Civil Veterinary Department. Madras. Admin. report 1910-25 - 1910-1925
Year: 1910
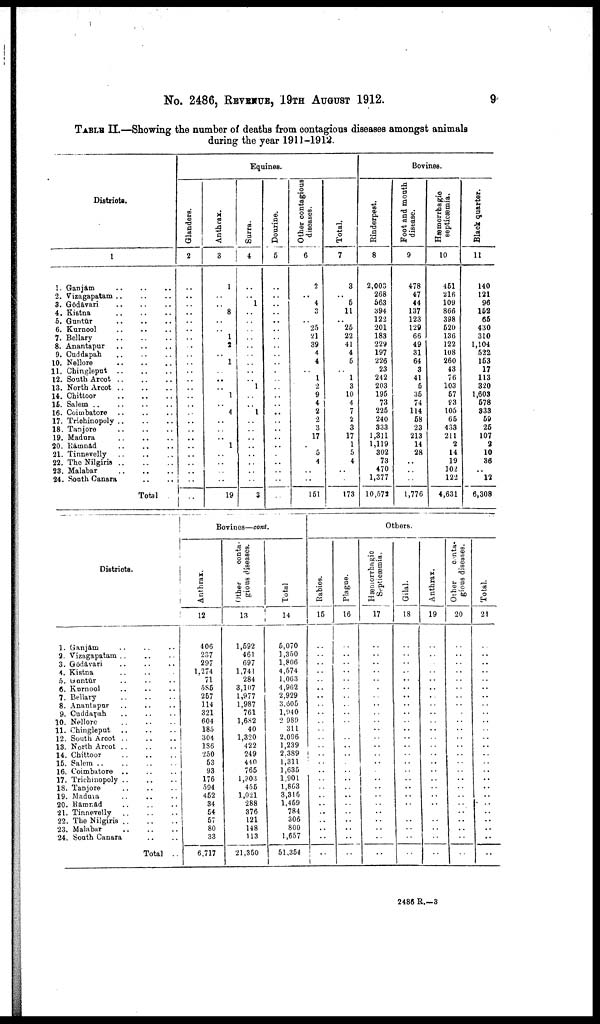
No. 2486, REVENUE, 19TH AUGUST 1912.
9
TABLE II.—Showing the number of deaths from contagions diseases amongst animals
during the year 1911-1912.
Districts.
1
1. Ganjam
2. Vizagapatam
3. Gōdāvari
4. Kistna
5. Guntūr
6. Kurnool
7. Bellary
8. Anantapur
9. Cuddapah
10. Nellore
11. Chingleput
12. South Arcot
13. North Arcot
14. Chittoor
16. Salem
16. Coimbatore
17.
Triohinopoly
18. Tanjore
19. Madura
20. Rānnād
21. Tinnevelly
22. The Nilgiris
23. Malabar
24. South Canara
Total
Equines.
Glanders.
2
..
..
..
..
..
..
..
..
..
..
..
..
..
..
..
..
..
..
..
..
..
..
..
..
Anthrax.
3
1
..
..
8
..
..
1
2
..
1
..
..
..
1
..
4
..
..
..
1
..
..
..
..
19
Surra.
4
..
..
1
..
..
..
..
..
..
..
..
..
1
..
..
1
..
..
..
..
..
..
..
..
3
Dourine.
5
..
..
..
..
..
..
..
..
..
..
..
..
..
..
..
..
..
..
..
..
..
..
..
..
Other contagious
diseases.
6
2
..
4
3
..
25
21
39
4
4
..
1
2
9
4
2
2
3
17
..
5
4
..
..
151
Total.
7
3
..
5
11
..
25
22
41
4
5
..
1
3
10
4
7
2
3
17
1
5
4
..
..
173
Bovines.
Rinderpest.
8
2,003
268
563
394
122
201
183
229
197
226
23
242
203
195
73
225
240
333
1,311
1,119
302
73
470
1,377
10,575
Foot and mouth
disease.
9
478
47
44
137
123
129
66
49
31
64
3
41
5
35
74
114
68
23
213
14
28
..
..
..
1,776
Hæmorrhagic
septicæmia.
10
451
216
109
866
398
520
136
122
108
260
43
76
103
57
83
105
65
433
211
2
14
19
102
122
4,631
Black quarter.
11
140
121
96
152
65
430
310
1,104
522
153
17
113
320
1,603
578
833
59
25
107
2
10
86
..
12
6,308
Districts.
1. Ganjām
2. Vizagapatam
3. Gōdāvari
4. Kistna
5.Gantūr
6. Kurnool
7. Bellary
8. Anantapur
9. Cuddapah
10. Nellore
11. Chingleput
12. South Arcot
13. North Arcot
14. Chittoor
15. Salem
16. Coimbatore
17. Trichmopoly
18. Tanjore
19. Maduva
20. Rāmnād
21. Tinnevelly
22. The Nilgiris
23. Malabar
24. South Canara
Total ..
Bovines—cont.
Anthrax.
12
406
237
297
1,274
71
585
257
114
321
604
185
304
186
250
53
93
176
594
452
34
54
57
80
33
6,717
Other
conta
gious diseases.
13
1,592
461
697
1,741
284
3,107
1,977
1,987
761
1,682
40
1,320
422
249
440
765
1,803
455
1,021
288
376
121
148
113
21,350
Total
14
1
5,070
1,350
1,806
4,574
1,003
4,962
2,929
3.605
1,940
2 989
311
2,096
1,239
2.389
1,311
1,635
1,901
1,863
3,315
1,459
784
306
800
1,657
51,354
Rabies.
15
..
..
..
..
..
..
..
..
..
..
..
..
..
..
..
..
..
..
..
..
..
..
..
..
Plague.
16
..
..
..
..
..
..
..
..
..
..
..
..
..
..
..
..
..
..
..
..
..
..
..
..
..
Others.
Hæmorrhagic
Septicaemia.
17
..
..
..
..
..
..
..
..
..
..
..
..
..
..
..
..
..
..
..
..
..
..
..
..
..
Gilal.
18
..
..
..
..
..
..
..
..
..
..
..
..
..
..
..
..
..
..
..
..
..
..
..
..
..
Anthrax.
19
..
..
..
..
..
..
..
..
..
..
..
..
..
..
..
..
..
..
..
..
..
..
..
..
..
Other
conta
gious diseases.
20
..
..
..
..
..
..
..
..
..
..
..
..
..
..
..
..
..
..
..
..
..
..
..
..
..
Total.
21
..
..
..
..
..
..
..
..
..
..
..
..
..
..
..
..
..
..
..
..
..
..
„
..
..
2486 R.-3